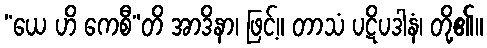
“ယေ ဟိ ကေစီ”တိ အာဒိနာ၊ ဖြင့်။ တာသံ ပဋိပဒါနံ၊ တို့၏။